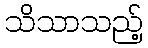
သိသာသည့်